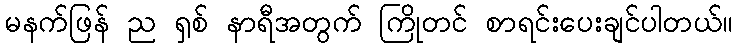
မနက်ဖြန် ည ရှစ် နာရီအတွက် ကြိုတင် စာရင်းပေးချင်ပါတယ်။